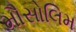
મૌસોલિમ